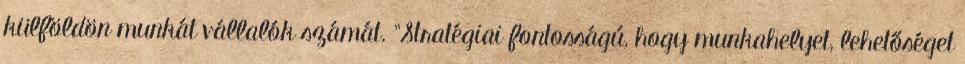
külföldön munkát vállalók számát. "Stratégiai fontosságú, hogy munkahelyet, lehetőséget